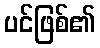
ပင်ဖြစ်၏